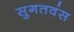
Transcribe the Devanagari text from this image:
सुगतवंस